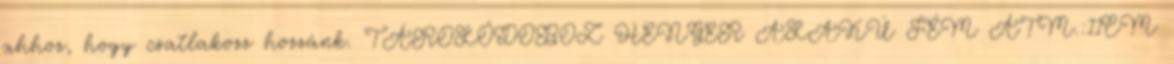
ahhoz, hogy csatlakozz hozzánk. TÁROLÓDOBOZ HENGER ALAKÚ FÉM ÁTM.:11CM